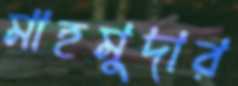
মাহমুদার